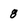
Character: 8